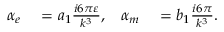
\begin{array} { r l r l } { \alpha _ { e } } & { { } = a _ { 1 } \frac { i 6 \pi \varepsilon } { k ^ { 3 } } , } & { \alpha _ { m } } & { { } = b _ { 1 } \frac { i 6 \pi } { k ^ { 3 } } . } \end{array}